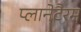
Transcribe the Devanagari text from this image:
प्लानेटैरम